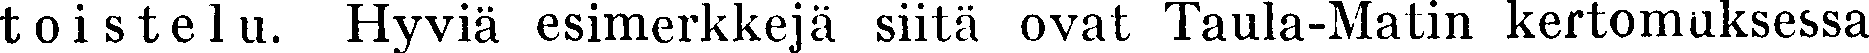
toistelu. Hyviä esimerkkejä siitä ovat Taula-Matin kertomuksessa